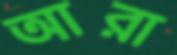
আরা